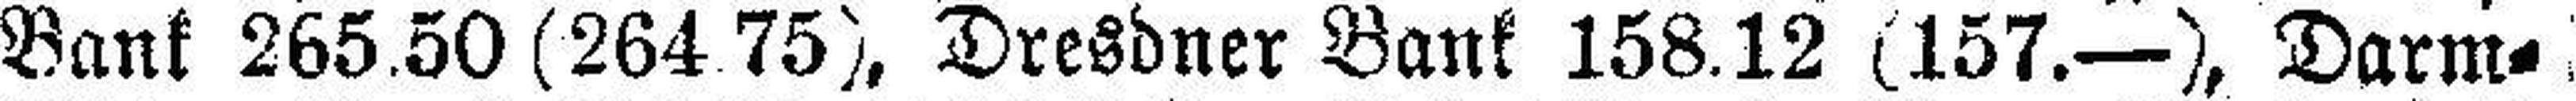
Bank 265.50 (264 75), Dresdner Bank 158.12 (157.—), Darm¬